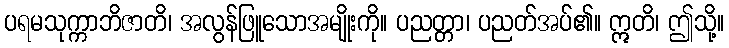
ပရမသုက္ကာဘိဇာတိ၊ အလွန်ဖြူသောအမျိုးကို။ ပညတ္တာ၊ ပညတ်အပ်၏။ ဣတိ၊ ဤသို့။